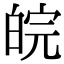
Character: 皖